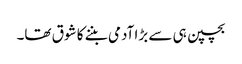
بچپن ہی سے بڑا آدمی بننے کا شوق تھا۔